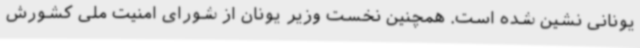
یونانی نشین شده است. همچنین نخست وزیر یونان از شورای امنیت ملی کشورش